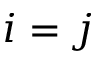
i = j